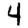
Digit: 4